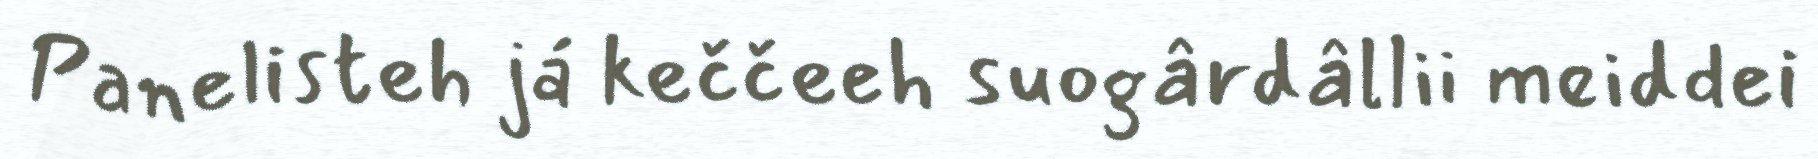
Panelisteh já keččeeh suogârdâllii meiddei